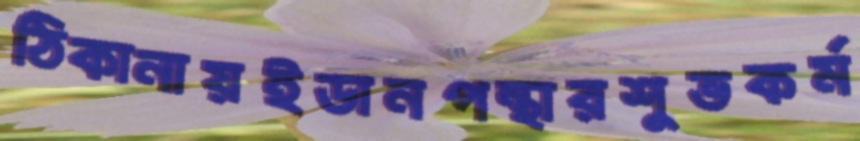
ঠিকানায়ইডানপন্থারশুভকর্ম